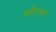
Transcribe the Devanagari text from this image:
ओटमर